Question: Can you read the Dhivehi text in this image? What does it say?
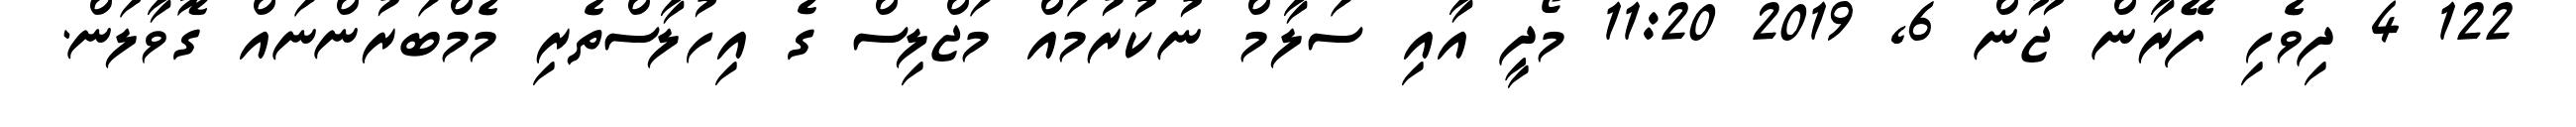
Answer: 122 4 ދިވެހި ފޭރާން ޖޫން 6, 2019 11:20 މޯދީ އާއި ސަލާމް ނުކުރުމައް މަޖްލިސް ގެ އިހުލާސްތެރި މެމްބަރުންނައް ގޮވާލަން.